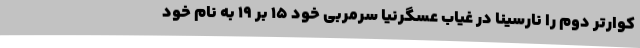
کوارتر دوم را نارسینا در غیاب عسگرنیا سرمربی خود 15 بر 19 به نام خود